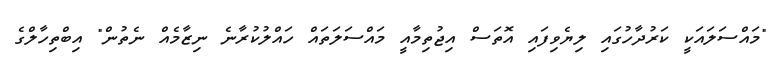
"މައްސަލައަކީ ކަރުދާހުގައި ލިޔެވިފައި އޮތަސް އިޖުތިމާއީ މައްސަލަތައް ހައްލުކުރާނެ ނިޒާމެއް ނެތުން" އިބްތިހާލްގެ